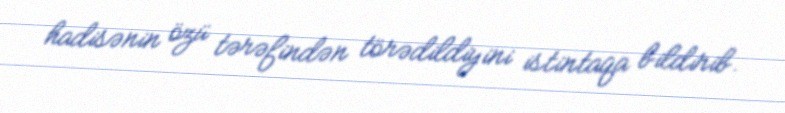
hadisənin özü tərəfindən törədildiyini istintaqa bildirib.